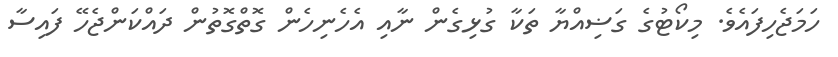
ހަމަޖެހިފައެވެ. މިކޯޓުގެ ގަޟިއްޔާ ތަކާ ގުޅިގެން ނާއި އެހެނިހެން ގޮތްގޮތުން ދައްކަންޖެހޭ ފައިސާ